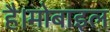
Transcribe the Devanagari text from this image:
है।मोबाइल